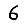
Digit: 6